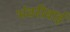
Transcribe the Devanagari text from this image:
भंवरीबाई